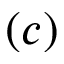
( c )